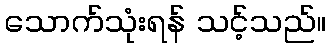
သောက်သုံးရန် သင့်သည်။